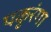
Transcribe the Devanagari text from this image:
पकुरंगा